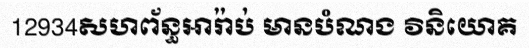
12934សហព័ន្ធអារ៉ាប់ មានបំណង វិនិយោគ